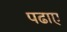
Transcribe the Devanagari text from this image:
पढाए